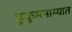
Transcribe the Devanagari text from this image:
हुकुमनाम्यात